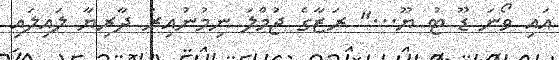
އައި ވޯނަ ޑޫ ޓު ޔޫ..." ރަޒާގެ ޖުމްލަ ނިމުނުއިރު ދާރިޔާ ލައިލައި